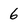
Character: 6